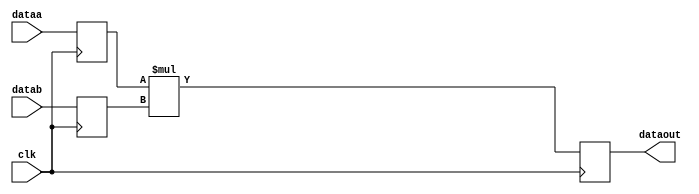
// Quartus Prime Verilog Template
// Signed multiply with input and output registers

module signed_multiply_with_input_and_output_registers
#(parameter WIDTH=8)
(
	input clk,
	input signed [WIDTH-1:0] dataa,
	input signed [WIDTH-1:0] datab,
	output reg signed [2*WIDTH-1:0] dataout
);

	// Declare input and output registers
	reg signed [WIDTH-1:0] dataa_reg;
	reg signed [WIDTH-1:0] datab_reg;
	wire signed [2*WIDTH-1:0] mult_out;

	// Store the result of the multiply
	assign mult_out = dataa_reg * datab_reg;

	// Update data
	always @ (posedge clk)
	begin
		dataa_reg <= dataa;
		datab_reg <= datab;
		dataout <= mult_out;
	end

endmodule